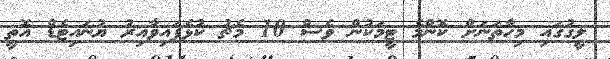
ލީގުގައި މިހާތަނަށް ކޮންމެ ޓީމަކުން ވެސް 10 މެޗު ކުޅެފައިވާއިރު ޔުނައިޓެޑް އޮތީ